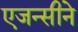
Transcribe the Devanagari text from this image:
एजन्सीने